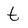
Character: t